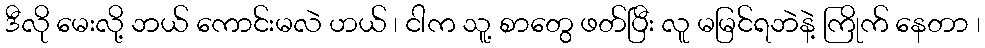
ဒီလို မေးလို့ ဘယ် ကောင်းမလဲ ဟယ် ၊ ငါက သူ့ စာတွေ ဖတ်ပြီး လူ မမြင်ရဘဲနဲ့ ကြိုက် နေတာ ၊